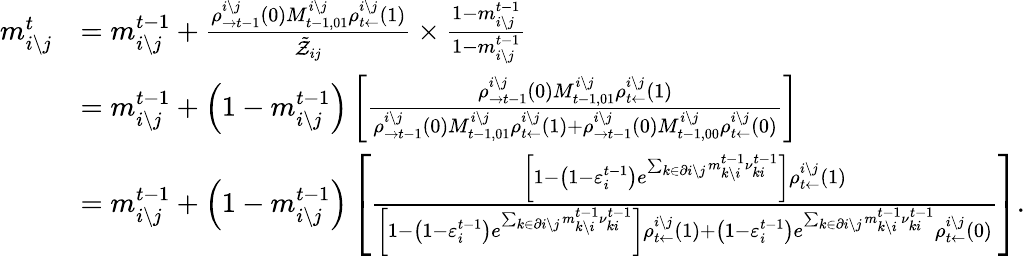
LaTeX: \begin{array}{rl}{m_{i\setminus j}^{t}}&{=m_{i\setminus j}^{t-1}+\frac{\rho_{\rightarrow t-1}^{i\setminus j}\left(0\right)M_{t-1,01}^{i\setminus j}\rho_{t\leftarrow}^{i\setminus j}\left(1\right)}{\tilde{\mathcal{Z}}_{ij}}\times\frac{1-m_{i\setminus j}^{t-1}}{1-m_{i\setminus j}^{t-1}}}\\ &{=m_{i\setminus j}^{t-1}+\left(1-m_{i\setminus j}^{t-1}\right)\left[\frac{\rho_{\rightarrow t-1}^{i\setminus j}\left(0\right)M_{t-1,01}^{i\setminus j}\rho_{t\leftarrow}^{i\setminus j}\left(1\right)}{\rho_{\rightarrow t-1}^{i\setminus j}\left(0\right)M_{t-1,01}^{i\setminus j}\rho_{t\leftarrow}^{i\setminus j}\left(1\right)+\rho_{\rightarrow t-1}^{i\setminus j}\left(0\right)M_{t-1,00}^{i\setminus j}\rho_{t\leftarrow}^{i\setminus j}\left(0\right)}\right]}\\ &{=m_{i\setminus j}^{t-1}+\left(1-m_{i\setminus j}^{t-1}\right)\left[\frac{\left[1-\left(1-\varepsilon_{i}^{t-1}\right)e^{\sum_{k\in\partial i\setminus j}m_{k\setminus i}^{t-1}\nu_{ki}^{t-1}}\right]\rho_{t\leftarrow}^{i\setminus j}\left(1\right)}{\left[1-\left(1-\varepsilon_{i}^{t-1}\right)e^{\sum_{k\in\partial i\setminus j}m_{k\setminus i}^{t-1}\nu_{ki}^{t-1}}\right]\rho_{t\leftarrow}^{i\setminus j}\left(1\right)+\left(1-\varepsilon_{i}^{t-1}\right)e^{\sum_{k\in\partial i\setminus j}m_{k\setminus i}^{t-1}\nu_{ki}^{t-1}}\rho_{t\leftarrow}^{i\setminus j}\left(0\right)}\right].}\end{array}